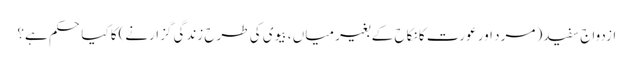
ازدواج سفید( مرد اور عورت کا نکاح کے بغیر میاں ، بیوی کی طرح زندگی گزارنے)کا کیا حکم ہے؟